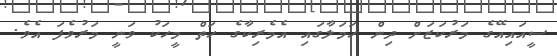
ސީއައިއޭގެ މަރުކަޒަށް ދިން ހަމަލާގައި އެމެރިކާގެ ހަތް މީހަކު ވަނީ މަރުވެފަ އެވެ.